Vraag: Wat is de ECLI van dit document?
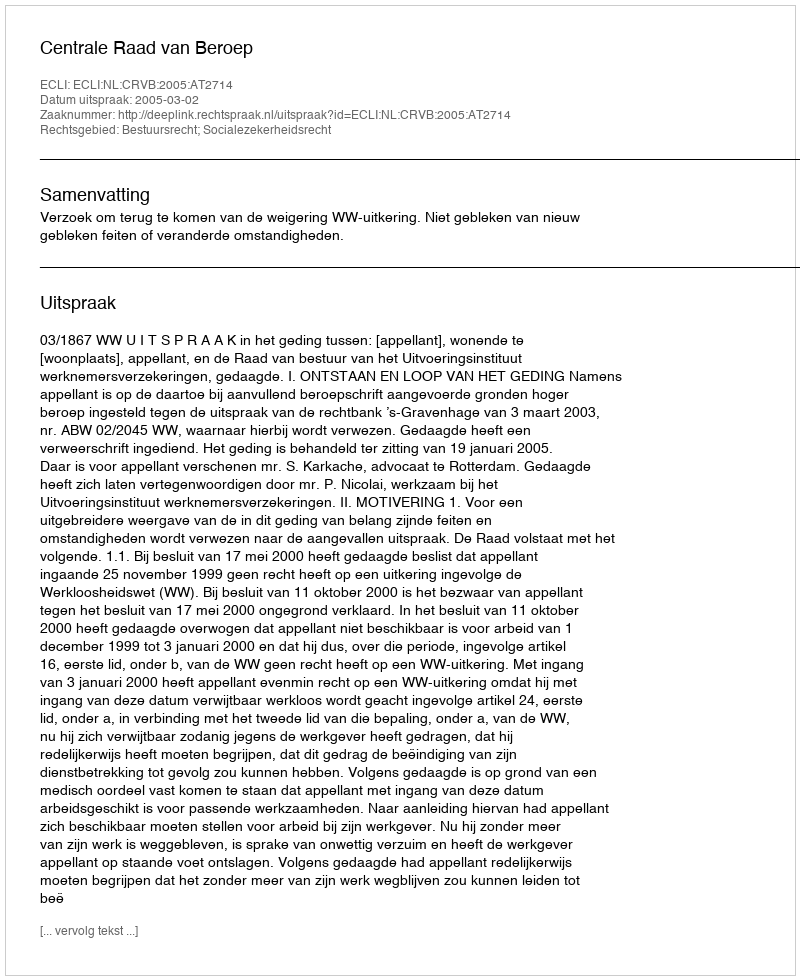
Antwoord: ECLI:NL:CRVB:2005:AT2714